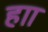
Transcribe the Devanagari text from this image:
हाा